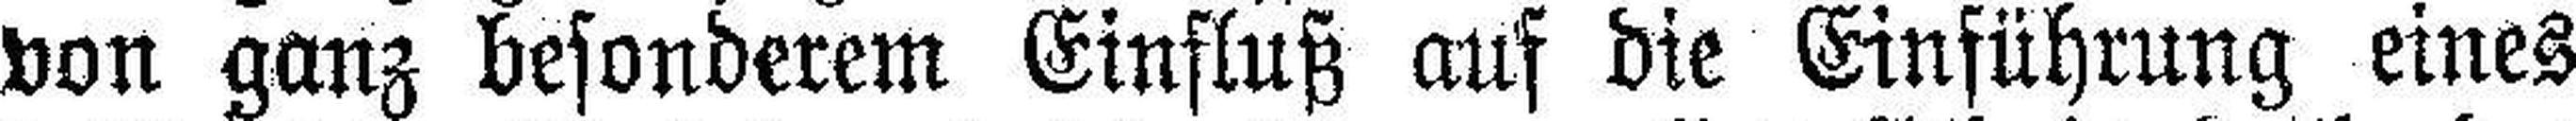
von ganz besonderem Einfluß auf die Einführung eines